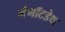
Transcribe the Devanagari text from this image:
मैगॉटडेथ